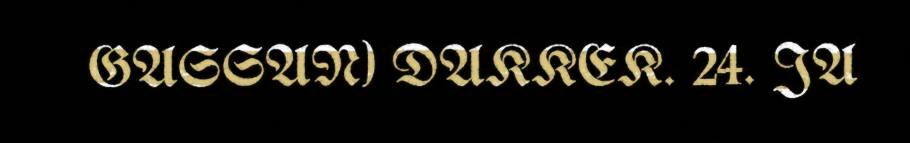
GASSAN) DAKKEK. 24. JA